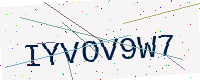
Text: IYVOV9W7